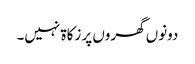
دونوں گھروں پر زکاۃ نہیں۔